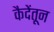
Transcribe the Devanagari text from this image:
कैदेंतून